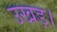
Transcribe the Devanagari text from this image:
उखड़।